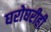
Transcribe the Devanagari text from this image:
घरोघरीही